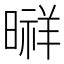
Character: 㬕